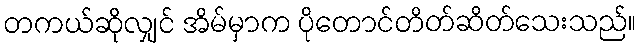
တကယ်ဆိုလျှင် အိမ်မှာက ပိုတောင်တိတ်ဆိတ်သေးသည်။